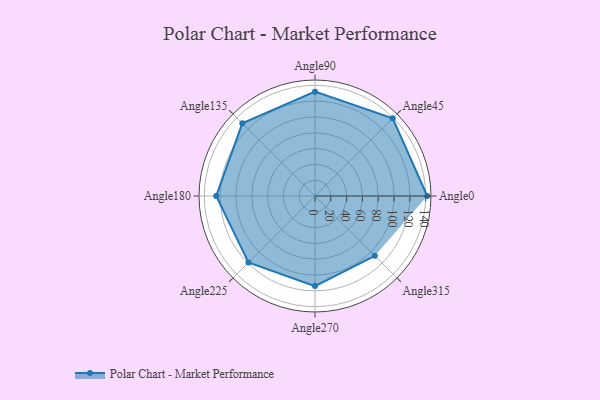
{"axis": {"x": "Angle", "y": "Radius"}, "legend": [""], "data": [{"x": "Angle0", "y": 142.0, "type": ""}, {"x": "Angle45", "y": 139.0, "type": ""}, {"x": "Angle90", "y": 132.0, "type": ""}, {"x": "Angle135", "y": 130.0, "type": ""}, {"x": "Angle180", "y": 125.0, "type": ""}, {"x": "Angle225", "y": 119.0, "type": ""}, {"x": "Angle270", "y": 114.0, "type": ""}, {"x": "Angle315", "y": 107.0, "type": ""}]}